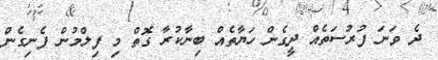
ދެ ވަނަ ފުރުސަތެއް ދީގެން ހަޔާތެއް ބިނާކުރާ ގޮތް މި ފިލްމުން ފެނިގެން